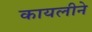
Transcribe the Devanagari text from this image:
कायलीने